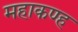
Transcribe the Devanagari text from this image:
महाकण्ह